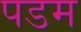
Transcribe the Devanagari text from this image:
पडम